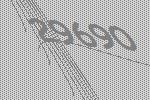
29690